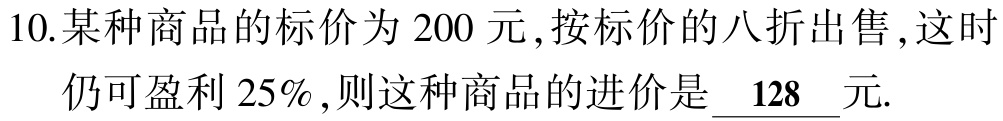
10.某种商品的标价为$200$元,按标价的八折出售,这时仍可盈利$25\%$,则这种商品的进价是$\underline{128}$元.